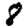
Digit: 8